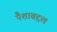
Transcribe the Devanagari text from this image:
पैशाबद्दल